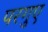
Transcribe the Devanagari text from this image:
परगुए